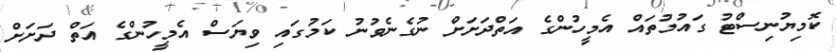
ކޮމިޔުނިސްޓު ގައުމުތައް އެމީހުންގެ އަތްދަށަށް ނުގެނެވުނު ކަމުގައި ވިޔަސް އެމީހުންގެ އަތް ދަށަށް